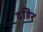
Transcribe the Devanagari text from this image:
दहिर